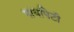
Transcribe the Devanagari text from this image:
पायपिटी